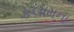
કલામના